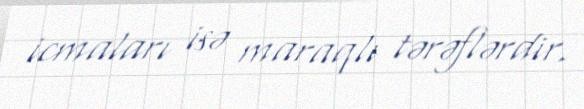
icmaları isə maraqlı tərəflərdir.